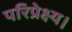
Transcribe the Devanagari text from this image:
परिप्रेक्ष्य।